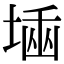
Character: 𡎫